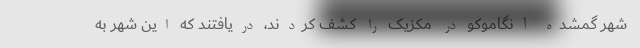
شهر گمشده آنگاموکو در مکزیک را کشف کردند، دریافتند که این شهر به